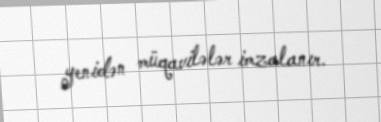
yenidən müqavilələr imzalanır.